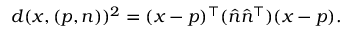
d ( x , ( p , n ) ) ^ { 2 } = ( x - p ) ^ { \top } ( { \hat { n } } { \hat { n } } ^ { \top } ) ( x - p ) .